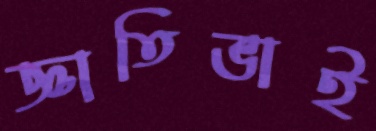
জ্ঞাতিভাই